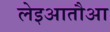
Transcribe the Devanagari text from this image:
लेइआतौआ